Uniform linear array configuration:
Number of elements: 32
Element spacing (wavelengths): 1
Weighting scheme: cosine
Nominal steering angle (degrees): -45
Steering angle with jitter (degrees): -45.902
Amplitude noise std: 0.05
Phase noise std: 0.05

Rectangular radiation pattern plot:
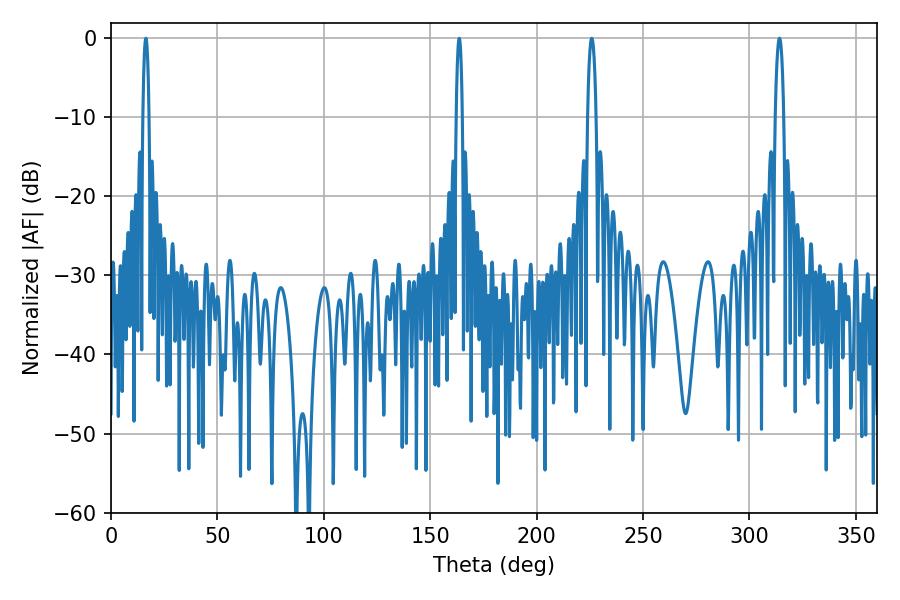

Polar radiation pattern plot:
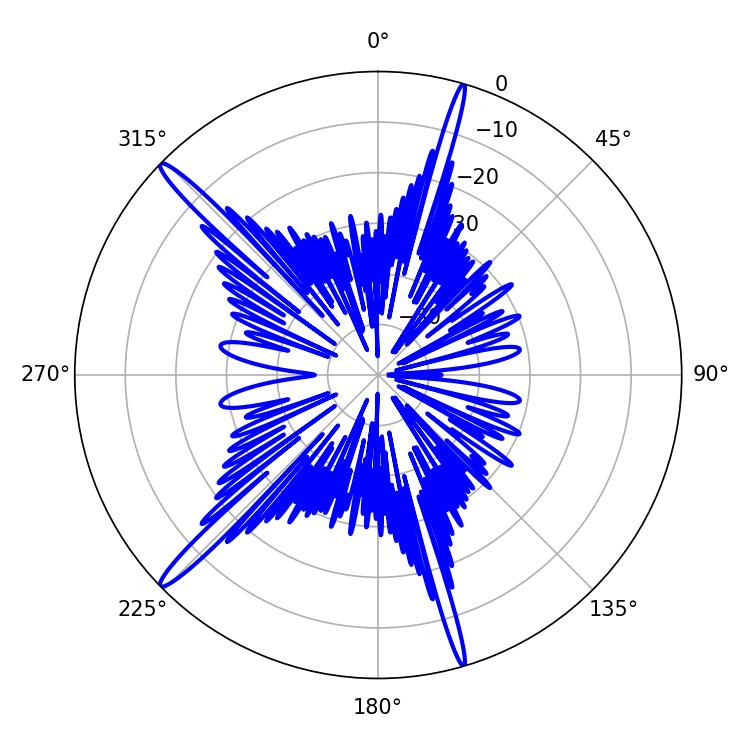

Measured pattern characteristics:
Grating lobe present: TRUE
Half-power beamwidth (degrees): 1.44
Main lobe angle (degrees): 16.38